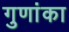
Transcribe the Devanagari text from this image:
गुणांका